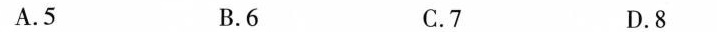
A.5 B.6 C.7 D.8